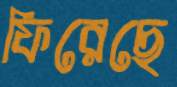
ফিরেছে